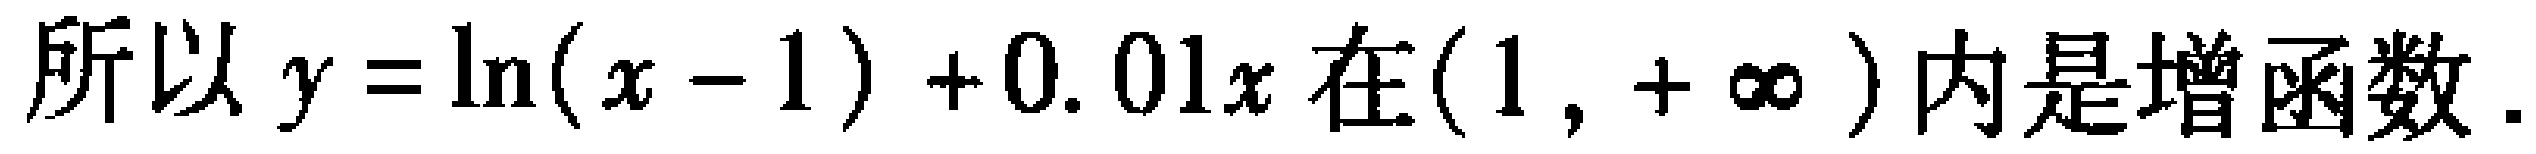
所以\(y = \ln(x - 1)+0.01x\)在\((1, +\infty)\)内是增函数.